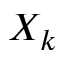
X _ { k }